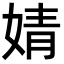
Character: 婧